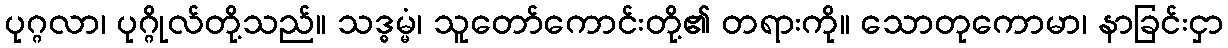
ပုဂ္ဂလာ၊ ပုဂ္ဂိုလ်တို့သည်။ သဒ္ဓမ္မံ၊ သူတော်ကောင်းတို့၏ တရားကို။ သောတုကောမာ၊ နာခြင်းငှာ